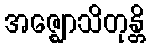
အဇ္ဈောသိတုန္တိ